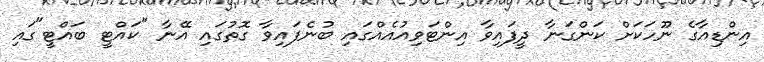
އިންޑިއާގެ ނޫހަކަށް ކަންގަނާ ދީފައިވާ އިންޓަވިއުއެއްގައި ބުނެފައިވާ ގޮތުގައި އޭނާ "ކައްޓީ ބައްޓީ"ގައި